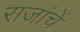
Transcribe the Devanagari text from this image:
राजांचें